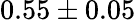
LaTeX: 0.55\pm 0.05